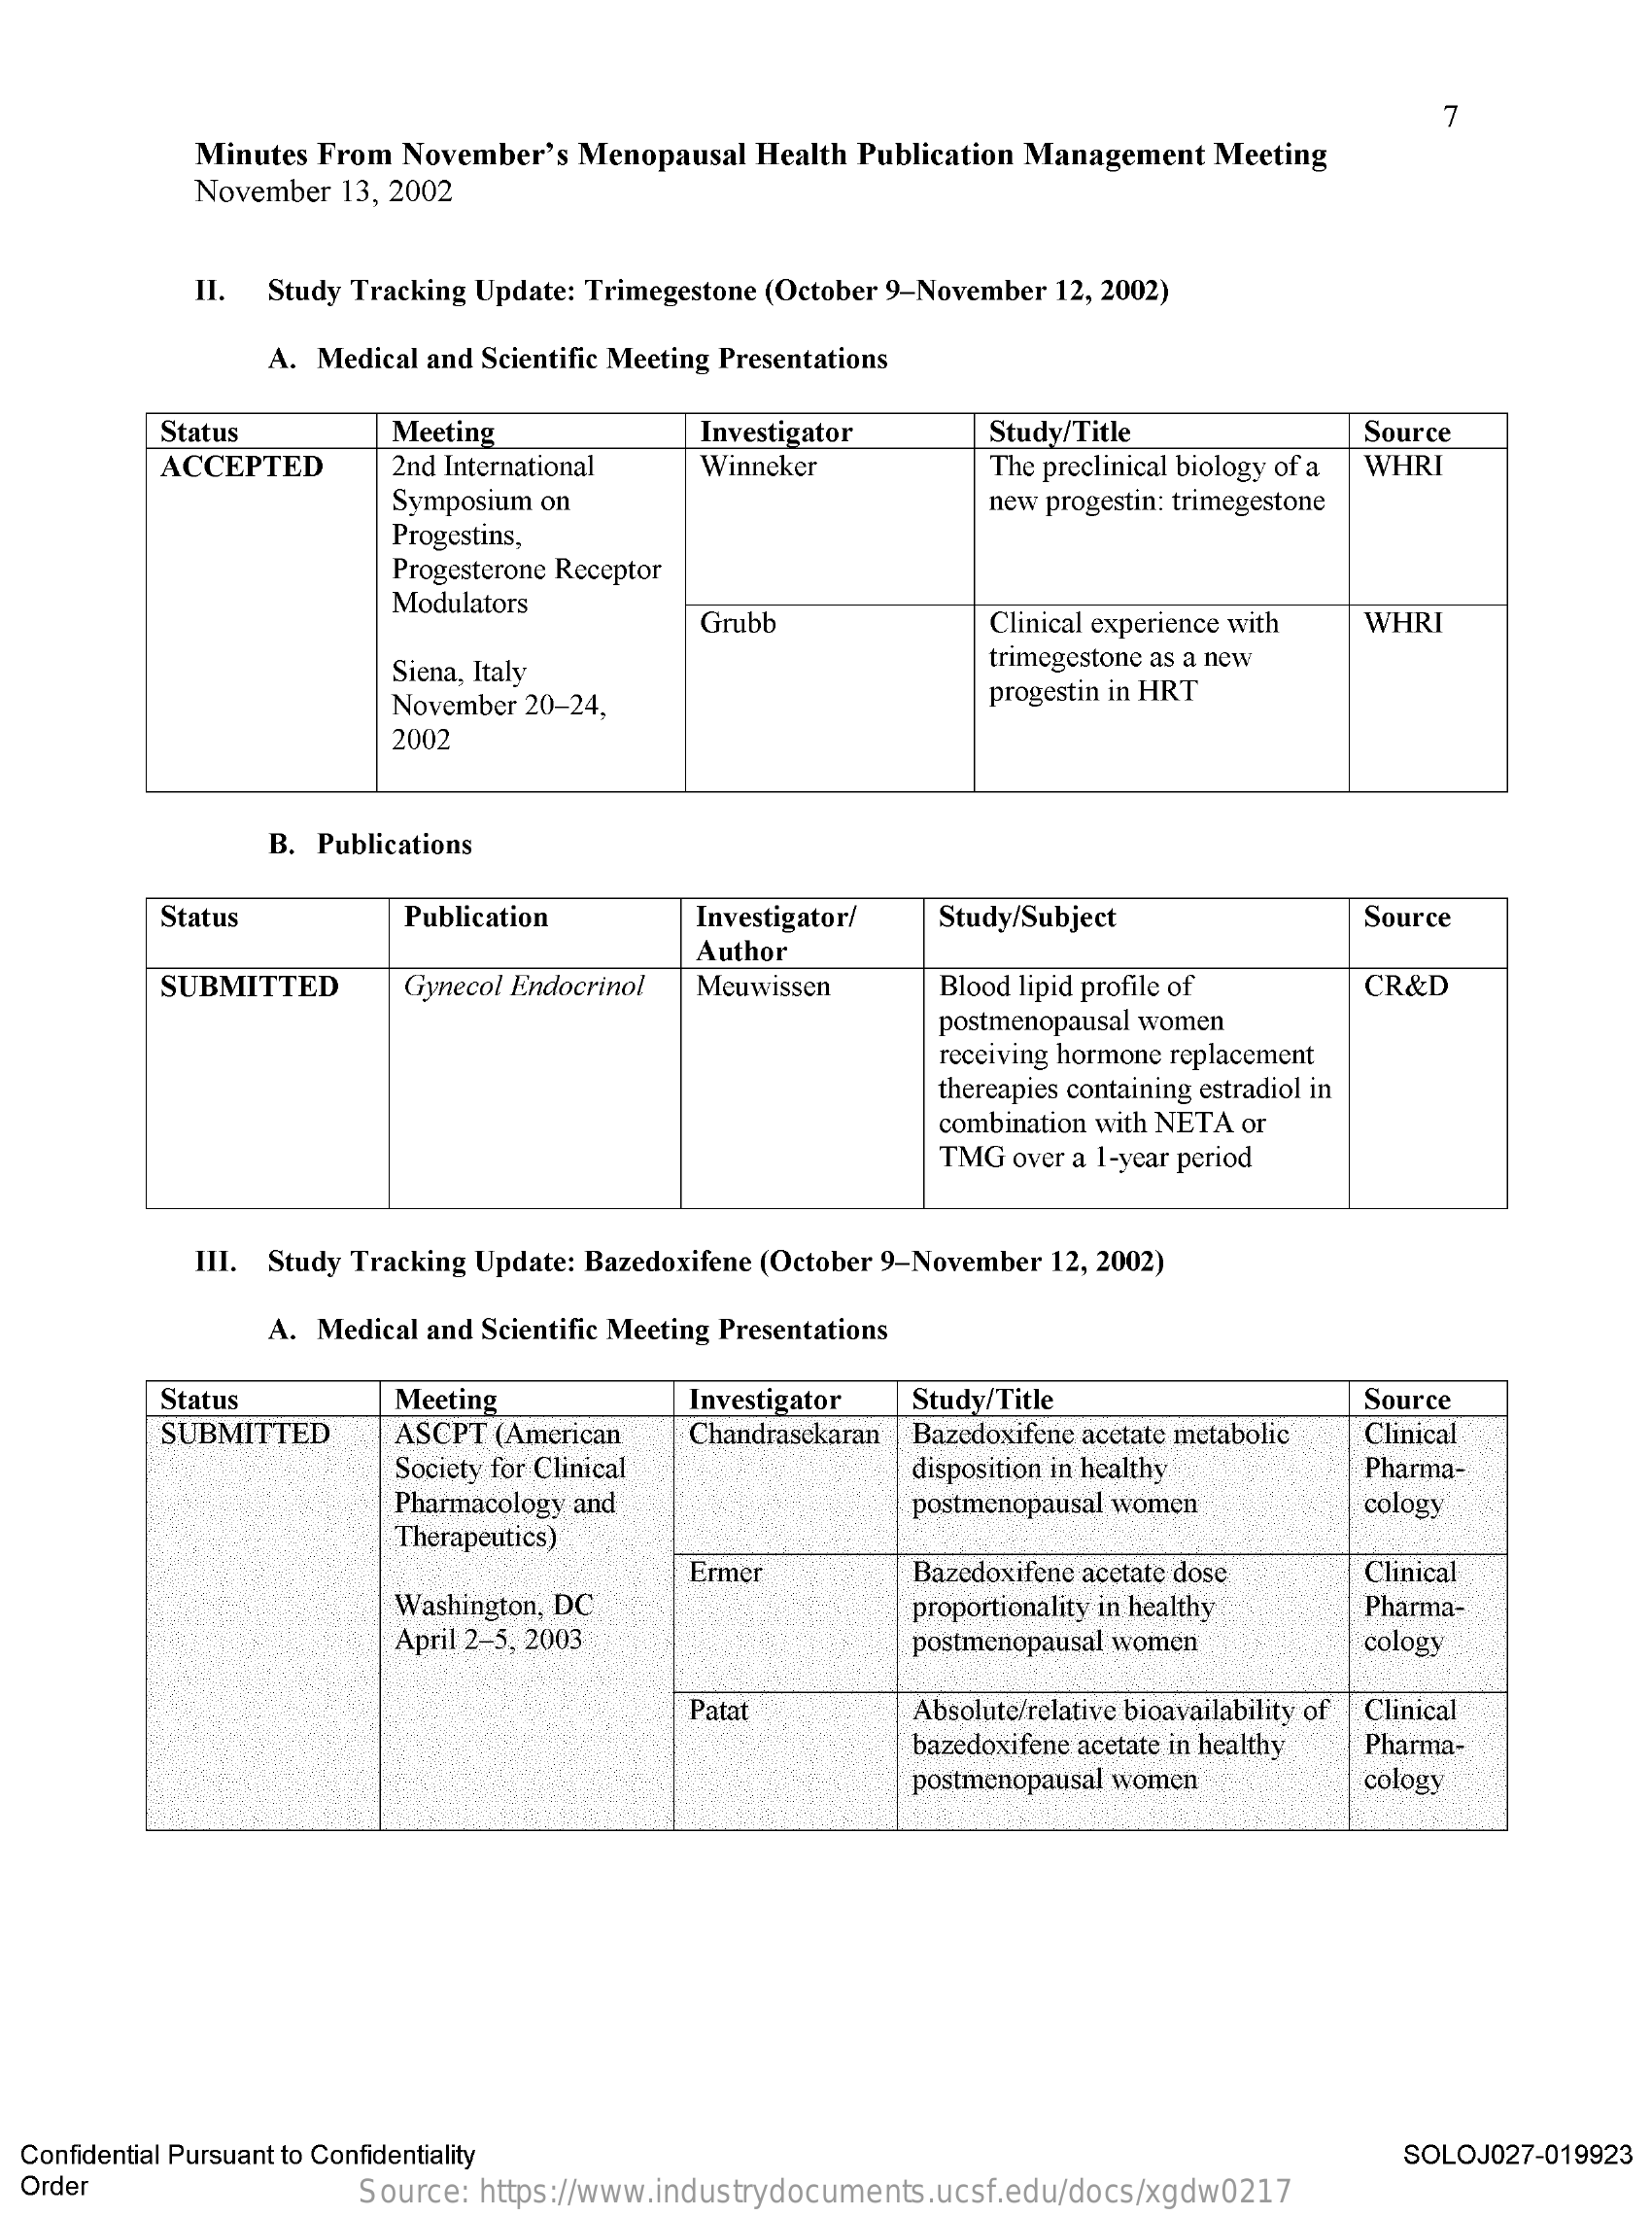
7
     Minutes From November's Menopausal Health Publication Management Meeting
     November 13, 2002
     II. Study Tracking Update: Trimegestone (October 9-November 12, 2002)
     A. Medical and Scientific Meeting Presentations
     Status    Meeting    Investigator    Study/Title    Source
     ACCEPTED    2nd International Winneker    The preclinical biology of a WHRI
     Symposium on    new progestin: trimegestone
     Progestins,
     Progesterone Receptor
     Modulators
     Grubb    Clinical experience with WHRI
     Siena, Italy    trimegestone as a new
     November 20-24,    progestin in HRT
     2002
     B. Publications
     Status    Publication    Investigator/ Study/Subject    Source
     Author
     SUBMITTED    Gynecol Endocrinol Meuwissen  Blood lipid profile of  CR&D
     postmenopausal women
     receiving hormone replacement
     thereapies containing estradiol in
     combination with NETA or
     TMG over a 1-year period
     III. Study Tracking Update: Bazedoxifene (October 9-November 12, 2002)
     A. Medical and Scientific Meeting Presentations
     Status    Meeting    Investigator Study/Title    Source
     SUBMITTED    ASCPT (American Chandrasekaran Bazedoxifene acetate metabolic Clinical
     Society for Clinical    disposition in healthy   Pharma-
     Pharmacology and    postmenopausal women    cology
     Therapeutics)
     Washington, DC
     Ermer    Bazedoxifene acetate dose Clinical
     proportionality in healthy Pharma-
     April 2-5, 2003    postmenopausal women    cology
     Patat    Absolute/relative bioavailability of Clinical
     bazedoxifene acetate in healthy Pharma-
     postmenopausal women    cology
  Confidential Pursuant to Confidentiality    SOLOJ027-019923
  Order    Source: https://www.industrydocuments.ucsf.edu/docs/xgdw0217